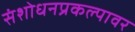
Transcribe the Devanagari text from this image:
संशोधनप्रकल्पावर